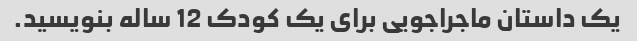
یک داستان ماجراجویی برای یک کودک 12 ساله بنویسید.